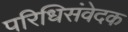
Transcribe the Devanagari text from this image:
परिधिसंवेदक